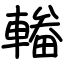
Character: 輽